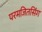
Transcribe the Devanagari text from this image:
परमजितसिंग